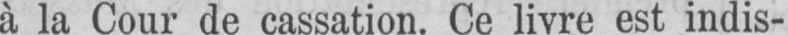
à la Cour de cassation. Ce livre est indis-